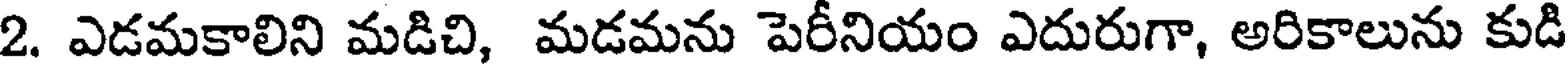
2. ఎడమకాలిని మడిచి, మడమను పెరీనియం ఎదురుగా, అరికాలును కుడి